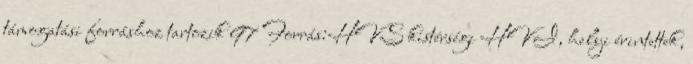
támogatási forráshoz tartozik 97 Forrás:HVS kistérségi HVI, helyi érintettek,